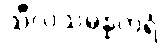
သီလသမ္ပန္နတရံ